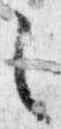
之